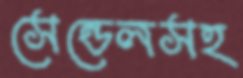
সেন্ডেলসহ